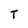
Character: T